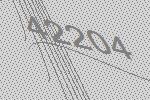
42204